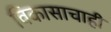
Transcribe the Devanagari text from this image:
विकासाचाही